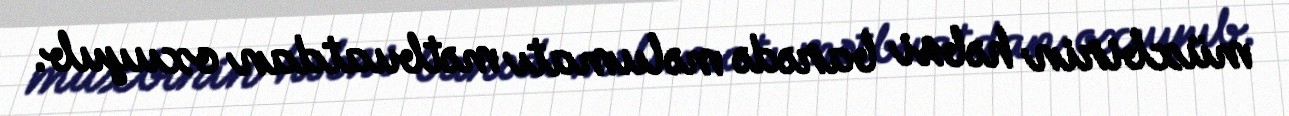
müxbirin həbsi barədə məlumatı mətbuatdan oxuyub.